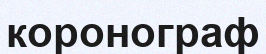
коронограф